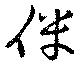
伴